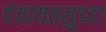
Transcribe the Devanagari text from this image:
पंचायतसुध्दा